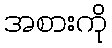
အစားကို